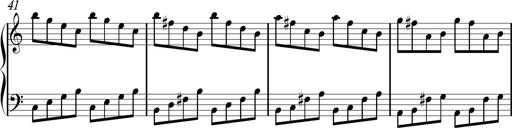
Title: Sonhatina
Composer: Davi Rocha
Key: C major